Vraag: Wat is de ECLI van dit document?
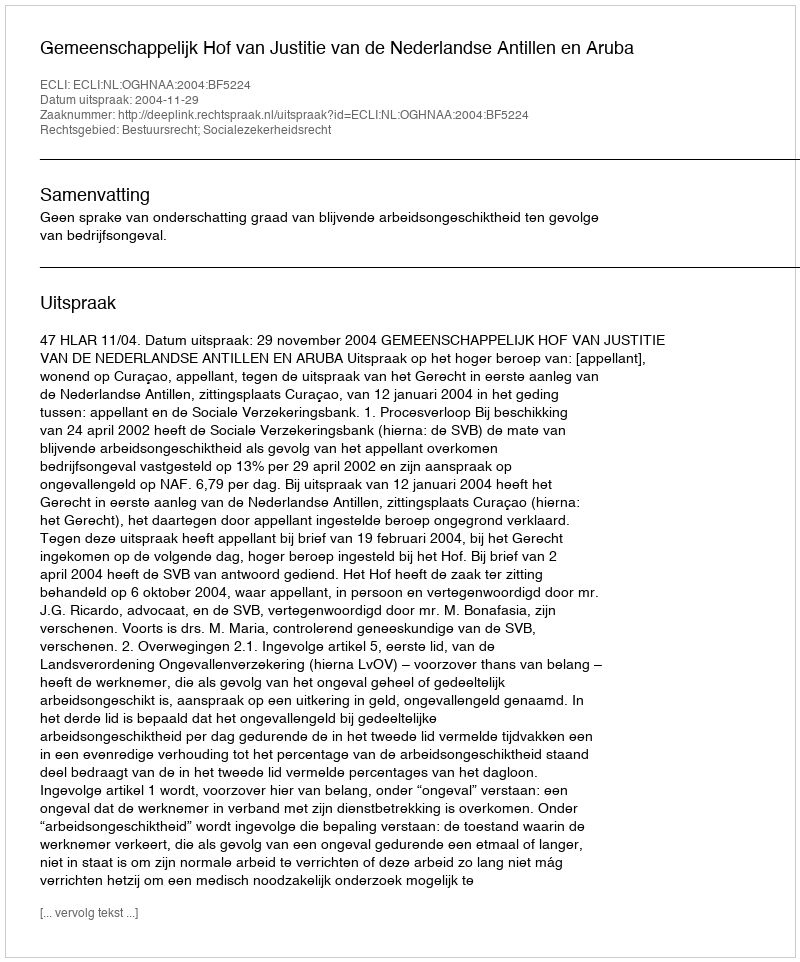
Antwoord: ECLI:NL:OGHNAA:2004:BF5224